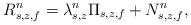
\begin{align*} R^{n}_{s,z,f} = \lambda^{n}_{s,z} \Pi_{s,z,f} + N^{n}_{s,z,f}, \end{align*}